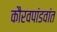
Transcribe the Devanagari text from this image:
कौरवपांडवांत